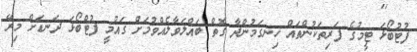
ފުޓުބޯޅަ ޓީމުގެ ފަރިތަކުންތައް ހިނގަމުންދާ ގޮތް ބައްލަވާލެއްވުމަށް ގައުމީ ފުޓްބޯޅަ ދަނޑަށް މިރޭ